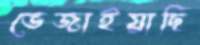
ভেজাইয়াছি